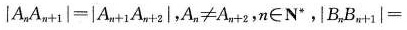
$$\left | A _ { n } A _ { n + 1 } \right | = \left | A _ { n + 1 } A _ { n + 2 } \right |$$，$$A _ { n } \neq A _ { n + 2 } , n \in \mathbf { N } ^ { * }$$，$$\left | B _ { n } B _ { n + 1 } \right | =